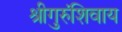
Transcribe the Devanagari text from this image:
श्रीगुरुंशिवाय